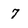
Character: 7